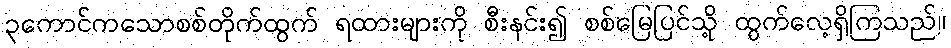
၃ကောင်ကသောစစ်တိုက်ထွက် ရထားများကို စီးနင်း၍ စစ်မြေပြင်သို့ ထွက်လေ့ရှိကြသည်။